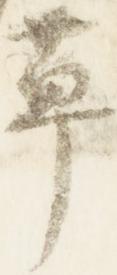
草